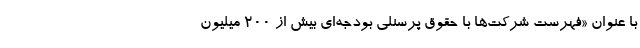
با عنوان «فهرست شرکت‌ها با حقوق پرسنلی بودجه‌ای بیش از ۲۰۰ میلیون